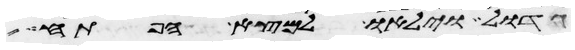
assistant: גדול וילאו למצא הפתח